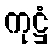
ကုဋ္ဌံ